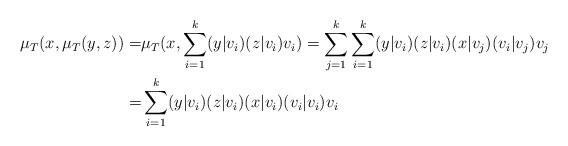
LaTeX: \begin{align*}\mu_T(x,\mu_T(y,z))=& \mu_T(x,\sum_{i=1}^k (y|v_i)(z|v_i)v_i)= \sum_{j=1}^k \sum_{i=1}^k (y|v_i)(z|v_i)(x|v_j)(v_i|v_j)v_j \\=& \sum_{i=1}^k (y|v_i)(z|v_i)(x|v_i)(v_i|v_i)v_i \end{align*}